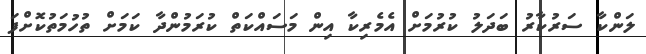
ލަންކާ ސަރުކާރު ބަދަލު ކުރުމަށް އެމެރިކާ އިން މަސައްކަތް ކުރަމުންދާ ކަމަށް ތުހުމަތުކޮށްފަ